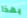
بهذا